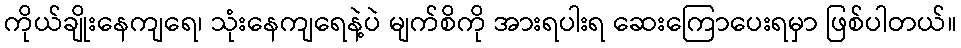
ကိုယ်ချိုးနေကျရေ၊ သုံးနေကျရေနဲ့ပဲ မျက်စိကို အားရပါးရ ဆေးကြောပေးရမှာ ဖြစ်ပါတယ်။